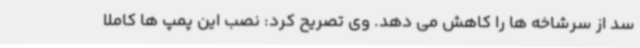
سد از سرشاخه ها را کاهش می دهد. وی تصریح کرد: نصب این پمپ ها کاملا